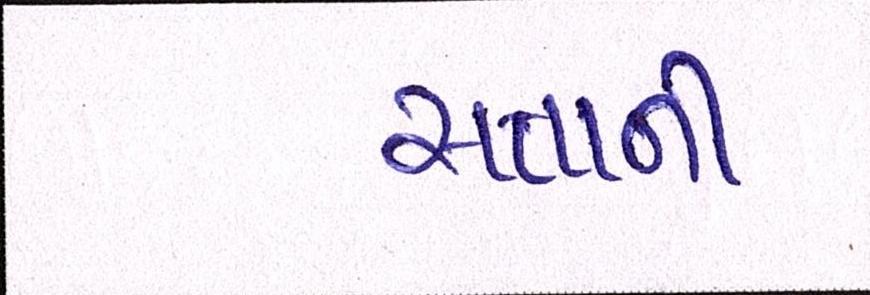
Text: સત્તાની